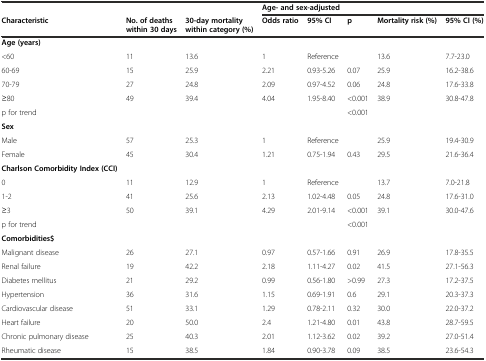
<table><thead><tr><td></td><td></td><td></td><td colspan="5"><b>Age- and sex-adjusted</b></td></tr><tr><td><b>Characteristic</b></td><td><b>No. of deaths within 30 days</b></td><td><b>30-day mortality within category (%)</b></td><td><b>Odds ratio</b></td><td><b>95% CI</b></td><td><b>p</b></td><td><b>Mortality risk (%)</b></td><td><b>95% CI (%)</b></td></tr></thead><tbody><tr><td><b>Age (years)</b></td><td></td><td></td><td></td><td></td><td></td><td></td><td></td></tr><tr><td>&lt;60</td><td>11</td><td>13.6</td><td>1</td><td>Reference</td><td></td><td>13.6</td><td>7.7-23.0</td></tr><tr><td>60-69</td><td>15</td><td>25.9</td><td>2.21</td><td>0.93-5.26</td><td>0.07</td><td>25.9</td><td>16.2-38.6</td></tr><tr><td>70-79</td><td>27</td><td>24.8</td><td>2.09</td><td>0.97-4.52</td><td>0.06</td><td>24.8</td><td>17.6-33.8</td></tr><tr><td>≥80</td><td>49</td><td>39.4</td><td>4.04</td><td>1.95-8.40</td><td>&lt;0.001</td><td>38.9</td><td>30.8-47.8</td></tr><tr><td>p for trend</td><td></td><td></td><td></td><td></td><td>&lt;0.001</td><td></td><td></td></tr><tr><td><b>Sex</b></td><td></td><td></td><td></td><td></td><td></td><td></td><td></td></tr><tr><td>Male</td><td>57</td><td>25.3</td><td>1</td><td>Reference</td><td></td><td>25.9</td><td>19.4-30.9</td></tr><tr><td>Female</td><td>45</td><td>30.4</td><td>1.21</td><td>0.75-1.94</td><td>0.43</td><td>29.5</td><td>21.6-36.4</td></tr><tr><td><b>Charlson Comorbidity Index (CCI)</b></td><td></td><td></td><td></td><td></td><td></td><td></td><td></td></tr><tr><td>0</td><td>11</td><td>12.9</td><td>1</td><td>Reference</td><td></td><td>13.7</td><td>7.0-21.8</td></tr><tr><td>1-2</td><td>41</td><td>25.6</td><td>2.13</td><td>1.02-4.48</td><td>0.05</td><td>24.8</td><td>17.6-31.0</td></tr><tr><td>≥3</td><td>50</td><td>39.1</td><td>4.29</td><td>2.01-9.14</td><td>&lt;0.001</td><td>39.1</td><td>30.0-47.6</td></tr><tr><td>p for trend</td><td></td><td></td><td></td><td></td><td>&lt;0.001</td><td></td><td></td></tr><tr><td><b>Comorbidities$</b></td><td></td><td></td><td></td><td></td><td></td><td></td><td></td></tr><tr><td>Malignant disease</td><td>26</td><td>27.1</td><td>0.97</td><td>0.57-1.66</td><td>0.91</td><td>26.9</td><td>17.8-35.5</td></tr><tr><td>Renal failure</td><td>19</td><td>42.2</td><td>2.18</td><td>1.11-4.27</td><td>0.02</td><td>41.5</td><td>27.1-56.3</td></tr><tr><td>Diabetes mellitus</td><td>21</td><td>29.2</td><td>0.99</td><td>0.56-1.80</td><td>&gt;0.99</td><td>27.3</td><td>17.2-37.5</td></tr><tr><td>Hypertension</td><td>36</td><td>31.6</td><td>1.15</td><td>0.69-1.91</td><td>0.6</td><td>29.1</td><td>20.3-37.3</td></tr><tr><td>Cardiovascular disease</td><td>51</td><td>33.1</td><td>1.29</td><td>0.78-2.11</td><td>0.32</td><td>30.0</td><td>22.0-37.2</td></tr><tr><td>Heart failure</td><td>20</td><td>50.0</td><td>2.4</td><td>1.21-4.80</td><td>0.01</td><td>43.8</td><td>28.7-59.5</td></tr><tr><td>Chronic pulmonary disease</td><td>25</td><td>40.3</td><td>2.01</td><td>1.12-3.62</td><td>0.02</td><td>39.2</td><td>27.0-51.4</td></tr><tr><td>Rheumatic disease</td><td>15</td><td>38.5</td><td>1.84</td><td>0.90-3.78</td><td>0.09</td><td>38.5</td><td>23.6-54.3</td></tr></tbody></table>